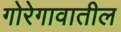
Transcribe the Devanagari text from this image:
गोरेगावातील